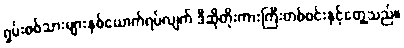
ရှမ်းစစ်သားများနှစ်ယောက်ရပ်လျက် ဒီဆိုတိုးကားကြီးတစ်စင်းနှင့်တွေ့သည်။